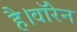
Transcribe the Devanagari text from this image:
है।वॉरेन